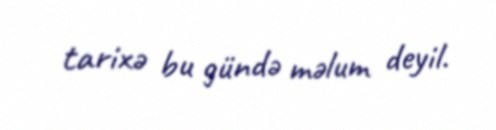
tarixə bu gündə məlum deyil.